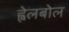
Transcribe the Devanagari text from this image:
ह्वेलबोल